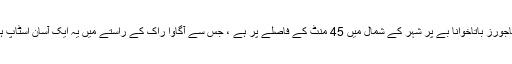
وایاجورز باتاخوانا بے پر شہر کے شمال میں 45 منٹ کے فاصلے پر ہے ، جس سے آگاوا راک کے راستے میں یہ ایک آسان اسٹاپ ہے۔